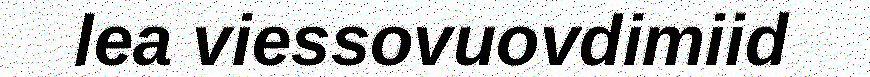
lea viessovuovdimiid